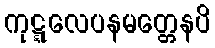
ကုဋ္ဋလေပနမတ္တေနပိ